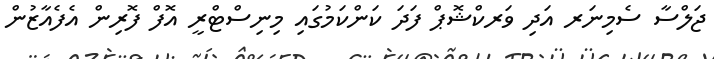
ޖަލްސާ ސެމިނަރ އަދި ވަރކްޝޮޕް ފަދަ ކަންކަމުގައި މިނިސްޓްރީ އޮފް ފޮރިން އެފެއާޒުން